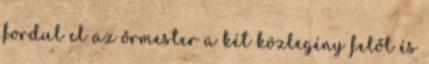
fordul el az őrmester a két közlegény felől és